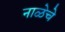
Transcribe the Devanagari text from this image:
नाळेचे